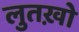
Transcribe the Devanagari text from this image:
लुतख़ो